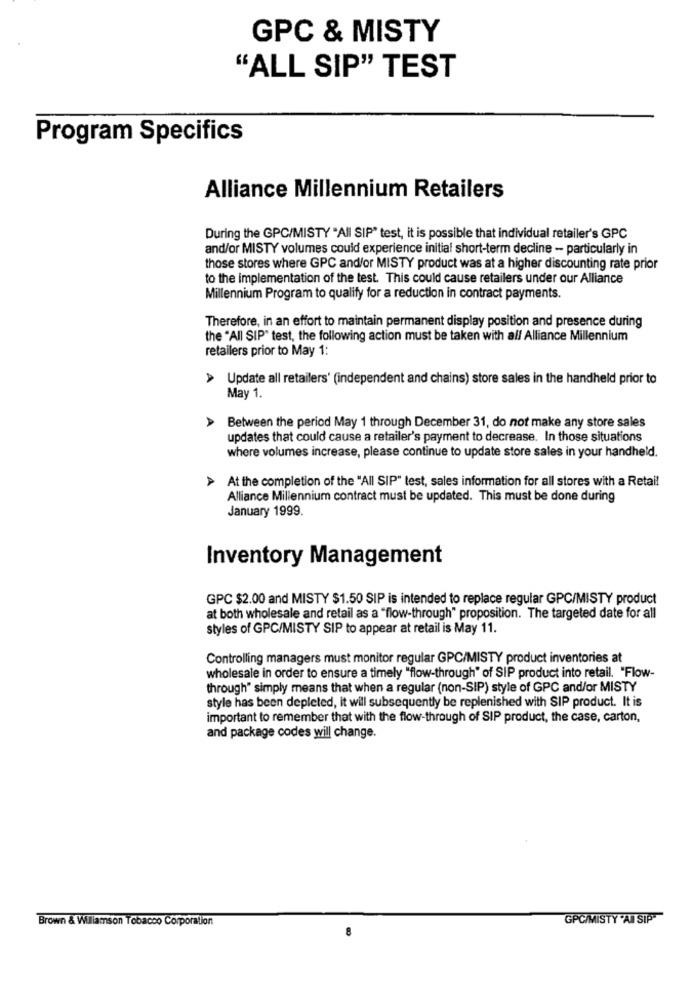
GPC & MISTY
"ALL SIP" TEST
Program Specifics
Alliance Millennium Retailers
During the GPC/MISTY "All SIP" test, it is possible that individual retailer's GPC
and/or MISTY volumes could experience initial short-term decline - particularly in
those stores where GPC and/or MISTY product was at a higher discounting rate prior
to the implementation of the test. This could cause retailers under our Alliance
Millennium Program to qualify for a reduction in contract payments.
Therefore, in an effort to maintain permanent display position and presence during
the "All SIP" test, the following action must be taken with all Alliance Millennium
retailers prior to May 1:
Update all retailers' (independent and chains) store sales in the handheld prior to
May 1.
Between the period May 1 through December 31, do not make any store sales
updates that could cause a retailer's payment to decrease. In those situations
where volumes increase, please continue to update store sales in your handheld.
At the completion of the "All SIP" test, sales information for all stores with a Retail
Alliance Millennium contract must be updated. This must be done during
January 1999.
Inventory Management
GPC $2.00 and MISTY $1.50 SIP is intended to replace regular GPC/MISTY product
at both wholesale and retail as a "flow-through" proposition. The targeted date for all
styles of GPC/MISTY SIP to appear at retail is May 11.
Controlling managers must monitor regular GPC/MISTY product inventories at
wholesale in order to ensure a timely "flow-through" of SIP product into retail. "Flow-
through" simply means that when a regular (non-SIP) style of GPC and/or MISTY
style has been depleted, it will subsequently be replenished with SIP product. It is
important to remember that with the flow-through of SIP product, the case, carton,
and package codes will change.
Brown & Wiliamson Tobacco Corporation
GPC/MISTY "AN SIP